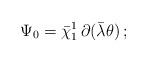
LaTeX: \begin{align*}\Psi_0 = \bar\chi_1^1 \, \partial(\bar\lambda \theta) \,;\end{align*}